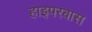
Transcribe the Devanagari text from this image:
हाइपरबास